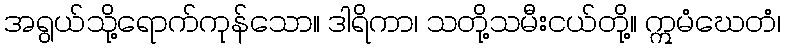
အရွယ်သို့ရောက်ကုန်သော။ ဒါရိကာ၊ သတို့သမီးငယ်တို့။ ဣမံဃေတံ၊